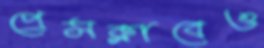
প্রেসক্লাবেও